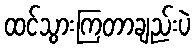
ထင်သွားကြတာချည်းပဲ